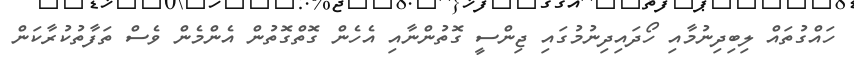
ހައްގުތައް ލިބިދިނުމާއި ހޯދައިދިނުމުގައި ޖިންސީ ގޮތުންނާއި އެހެން ގޮތްގޮތުން އެންމެން ވެސް ތަފާތުކުރާކަން